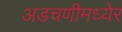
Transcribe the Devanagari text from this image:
अडचणीमध्येर